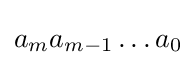
a_{m}a_{m-1}\ldots a_{0}